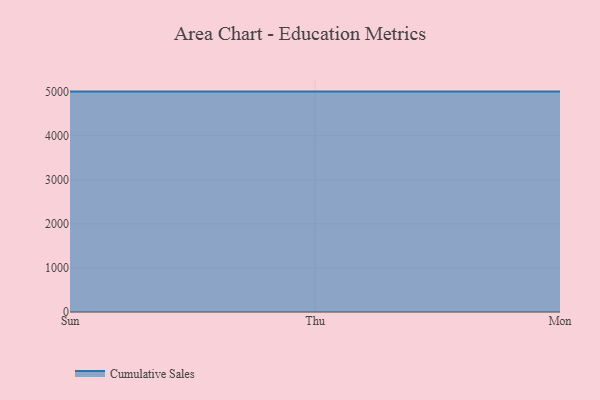
{"axis": {"x": "Day", "y": "Tickets Resolved"}, "legend": ["Cumulative Sales"], "data": [{"x": "Sun", "y": 5000, "type": "Cumulative Sales"}, {"x": "Thu", "y": 5000, "type": "Cumulative Sales"}, {"x": "Mon", "y": 5000, "type": "Cumulative Sales"}]}